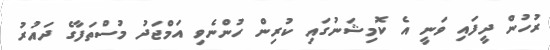
ރުހުން ދީފައި ވަނީ އެ ކޮމިޝަނުގައި ކުރިން ހުންނެވި އަމްޖަދު މުސްތަފާގެ ދައުރު